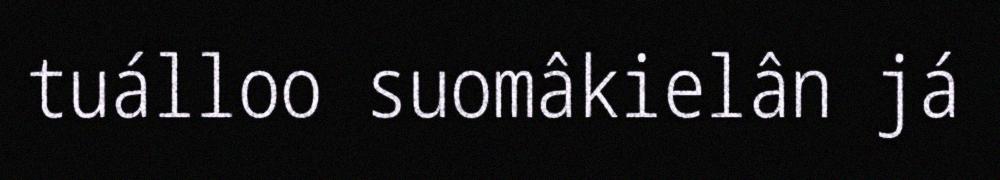
tuálloo suomâkielân já